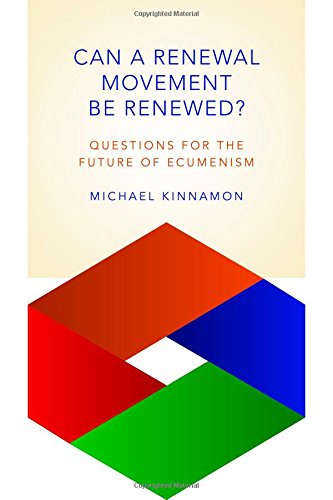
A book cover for Can a Renewal Movement Be Renewed?: Questions for the Future of Ecumenism; Michael Kinnamon; Christian Books & Bibles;